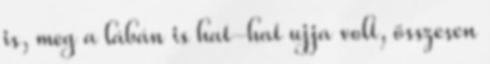
is, meg a lábán is hat-hat ujja volt, összesen